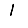
Digit: 1